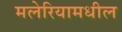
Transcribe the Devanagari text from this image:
मलेरियामधील